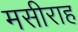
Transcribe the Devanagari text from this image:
मसीराह